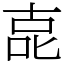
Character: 㖛